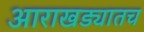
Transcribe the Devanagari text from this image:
आराखड्यातच